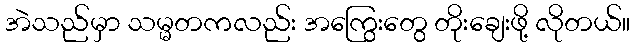
အဲသည်မှာ သမ္မတကလည်း အကြွေးတွေ တိုးချေးဖို့ လိုတယ်။